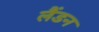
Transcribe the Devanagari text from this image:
लैंडन